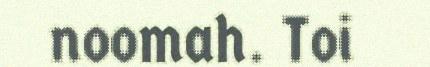
noomah. Toi